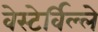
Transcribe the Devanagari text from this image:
वेस्टेर्विल्ले